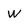
Character: W